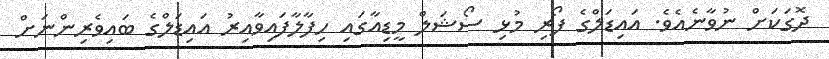
ދޮގަކަށް ނުވާނެއެވެ. އައިޑަލްގެ ފޯރި މުޅި ސޯޝަލް މީޑިއާގައި ހިފާލާފައިވާއިރު އައިޑަލްގެ ބައިވެރިންނަށް